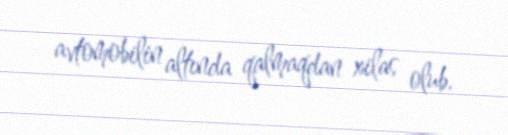
avtomobilin altında qalmaqdan xilas olub.